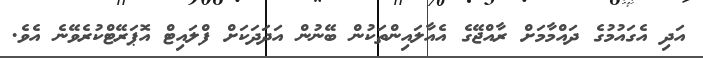
އަދި އެގައުމުގެ ދައްމާމަށް ރާއްޖޭގެ އެއާލައިންތަކުން ބޭނުން އަދަދަކަށް ފްލައިޓް އޮޕަރޭޓްކުރެވޭނެ އެވެ.